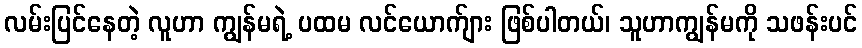
လမ်းပြင်နေတဲ့ လူဟာ ကျွန်မရဲ့ ပထမ လင်ယောက်ျား ဖြစ်ပါတယ်၊ သူဟာကျွန်မကို သဖန်းပင်